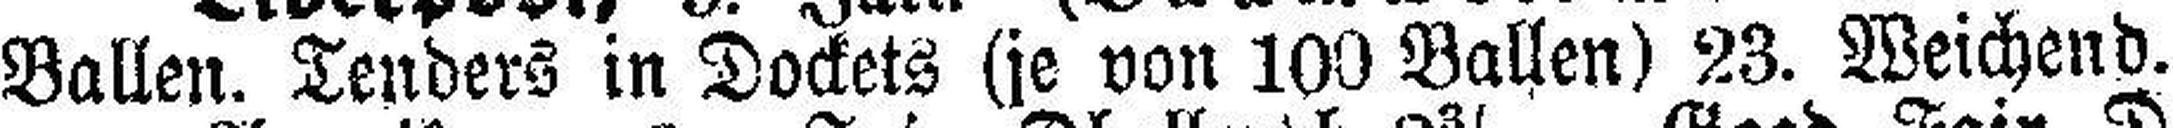
Ballen. Tenders in Dockets (je von 100 Ballen) 23. Weichend.